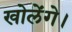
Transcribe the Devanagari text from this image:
खोलेंगे।